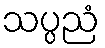
သပ္ပညံ